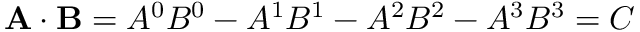
\mathbf { A } \cdot \mathbf { B } = A ^ { 0 } B ^ { 0 } - A ^ { 1 } B ^ { 1 } - A ^ { 2 } B ^ { 2 } - A ^ { 3 } B ^ { 3 } = C